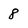
Character: 8